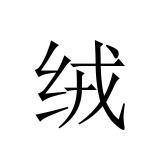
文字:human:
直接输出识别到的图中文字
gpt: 绒